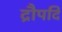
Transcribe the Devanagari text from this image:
द्रौपदि